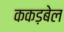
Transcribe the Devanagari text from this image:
ककड़बेल